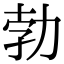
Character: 勃